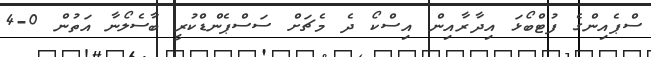
ސްޕެއިންގެ ފުޓްބޯޅަ އިދާރާއިން އިސްކޯ ދެ މެޗަށް ސަސްޕެންޑްކުރީ ބާސެލޯނާ އަތުން 0-4